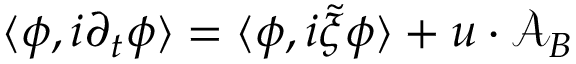
\langle \phi , i \partial _ { t } \phi \rangle = \langle \phi , i \tilde { \xi } \phi \rangle + u \cdot { \mathcal { A } } _ { B }